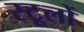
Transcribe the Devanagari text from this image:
स्टूलों